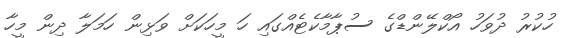
ހުކުރު ދުވަހު އޯކްލޭންޑްގެ ސުޕާމާކެޓެއްގައި ހަ މީހަކަށް ވަޅިން ހަމަލާ ދިން މީހާ